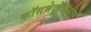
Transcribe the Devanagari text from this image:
कॉसमेटोलॉजीस्ट